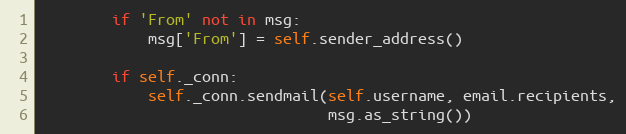
Language: Python
        if 'From' not in msg:
            msg['From'] = self.sender_address()

        if self._conn:
            self._conn.sendmail(self.username, email.recipients,
                                msg.as_string())